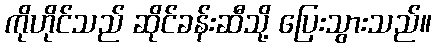
ကိုဟိုင်သည် ဆိုင်ခန်းဆီသို့ ပြေးသွားသည်။